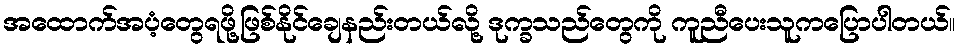
အထောက်အပံ့တွေရဖို့ဖြစ်နိုင်ချေနည်းတယ်လို့ ဒုက္ခသည်တွေကို ကူညီပေးသူကပြောပါတယ်။